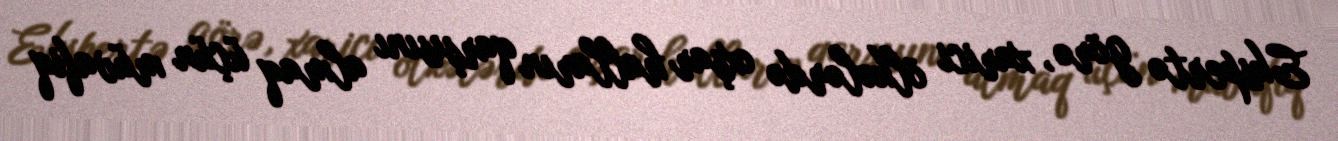
Ekspertə görə, xarici ölkələrdə oxşar halların qarşısını almaq üçün müvafiq